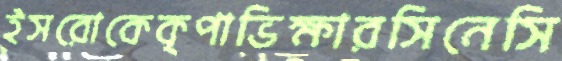
ইসরোকেকৃপাভিক্ষারসিনেসি